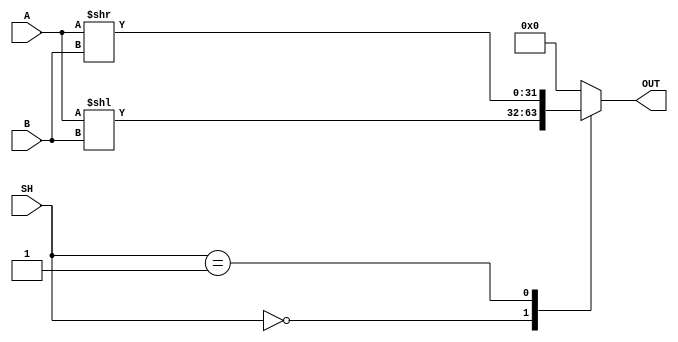
module Rotate(
    output reg[31:0] OUT,
	 input [1:0] SH,
    input [31:0] A,
    input [4:0] B
    );
	 
	always @ (*) begin
		case (SH)
			2'b00: OUT = A << B;
			2'b01: OUT = A >> B;
			default: OUT = 32'b0;
		endcase
	end
	
	initial begin OUT = 32'b0; end
	
endmodule